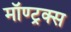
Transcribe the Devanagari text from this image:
मॉण्ट्रक्स